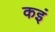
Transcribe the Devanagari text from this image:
कइं